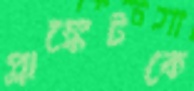
প্লাঙ্কেটকে